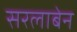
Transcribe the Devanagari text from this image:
सरलाबेन